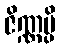
ဇိဏ္ဏမ္ပိ